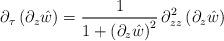
LaTeX: \begin{align*}\partial_{\tau}\left(\partial_{z}\hat{w}\right)=\frac{1}{1+\left(\partial_{z}\hat{w}\right)^{2}}\,\partial_{zz}^{2}\left(\partial_{z}\hat{w}\right)\end{align*}